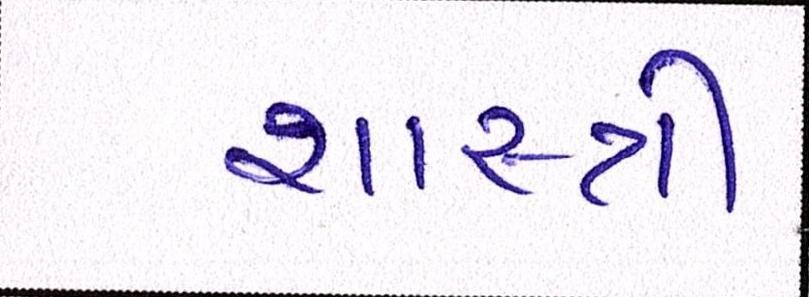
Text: શાસ્ત્રી